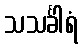
သသင်္ခါရံ